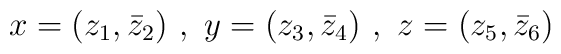
x = (z_1,\bar{z}_2) ~,~ y = (z_3,\bar{z}_4)  ~,~ z = (z_5,\bar{z}_6)